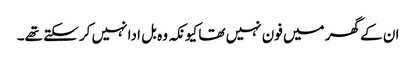
ان کے گھر میں فون نہیں تھا کیونکہ وہ بل ادا نہیں کر سکتے تھے۔